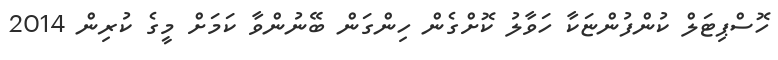
ހޮސްޕިޓަލް ކުންފުންޏަކާ ހަވާލު ކޮށްގެން ހިންގަން ބޭނުންވާ ކަމަށް މީގެ ކުރިން 2014